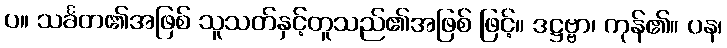
ပ။ သင်္ခတ၏အဖြစ် သူသတ်နှင့်တူသည်၏အဖြစ် ဖြင့်။ ဒဋ္ဌဗ္ဗာ၊ ကုန်၏။ ပန၊